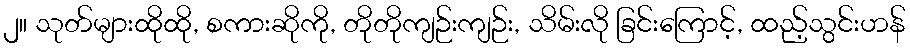
၂။ သုတ်များထိုထို, စကားဆိုကို, တိုတိုကျဉ်းကျဉ်း, သိမ်းလို ခြင်းကြောင့်, ထည့်သွင်းဟန်